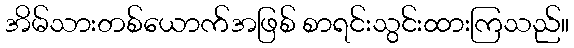
အိမ်သားတစ်ယောက်အဖြစ် စာရင်းသွင်းထားကြသည်။